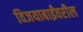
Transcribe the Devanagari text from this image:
विजयाबाईंवरील